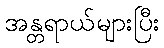
အန္တရာယ်များပြီး